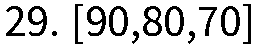
29. [90,80,70]